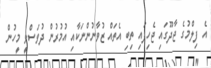
އެ ފިލްމުގެ ޖާދޫގައި ޖެހިފައި ތިބި އެތައް ޒުވާނުންނަކާއި އުމުރުން ދުވަސްވީ މީހުން